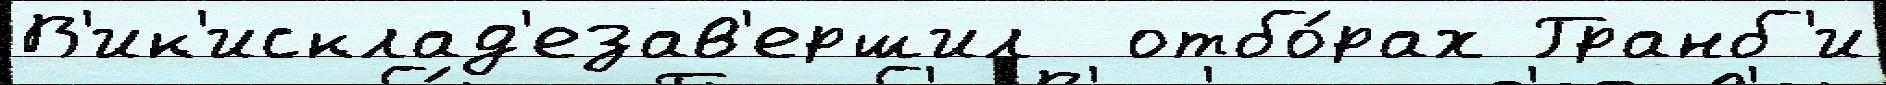
В'ик'исклад'езав'ершил  отбо́рах Гранб'и